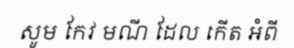
សូម កែវ មណី ដែល កើត អំពី